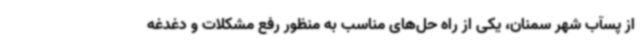
از پسآب شهر سمنان، یکی از راه حل‌های مناسب به منظور رفع مشکلات و دغدغه